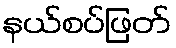
နယ်စပ်ဖြတ်